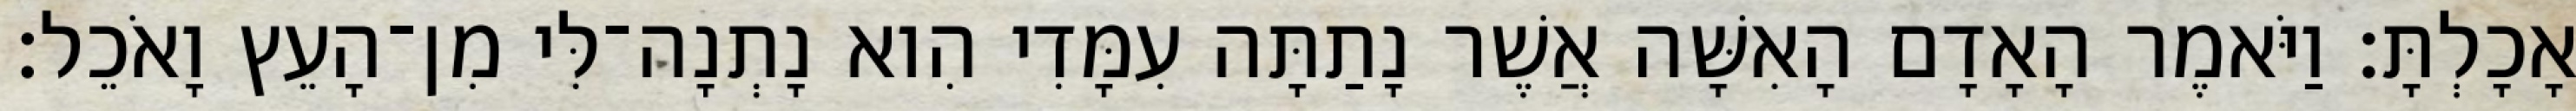
אָכָלְתָּ׃ וַיֹּאמֶר הָאָדָם הָאִשָּׁה אֲשֶׁר נָתַתָּה עִמָּדִי הִוא נָתְנָה־לִּי מִן־הָעֵץ וָאֹכֵל׃